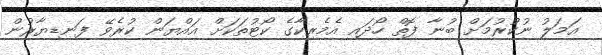
އަމަލު ނުކުރުމަށް ބުނާ ފޮތް ހޯދައި އެމެރިކާގެ ކޯޓުތަކަށް އައްޔަން ކުރެވޭ ފަނޑިޔާރުން